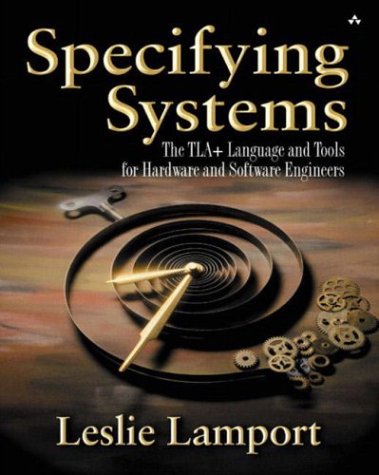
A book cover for Specifying Systems: The TLA+ Language and Tools for Hardware and Software Engineers; Leslie Lamport; Computers & Technology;